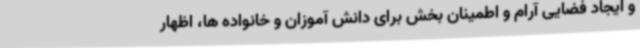
و ایجاد فضایی آرام و اطمینان بخش برای دانش آموزان و خانواده ها، اظهار